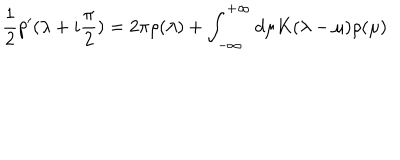
{ \frac { 1 } { 2 } } p ^ { \prime } ( \lambda + i { \frac { \pi } { 2 } } ) = 2 \pi \rho ( \lambda ) + \int _ { - \infty } ^ { + \infty } d \mu K ( \lambda - \mu ) \rho ( \mu )